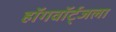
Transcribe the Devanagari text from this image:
हॉगवॉर्ट्‌जला